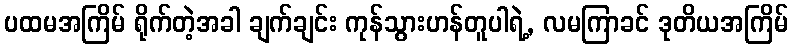
ပထမအကြိမ် ရိုက်တဲ့အခါ ချက်ချင်း ကုန်သွားဟန်တူပါရဲ့, လမကြာခင် ဒုတိယအကြိမ်